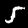
Digit: 5